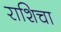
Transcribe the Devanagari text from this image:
राशिचा